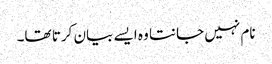
نام نہیں جانتا وہ ایسے بیان کرتا تھا۔